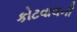
કોટવાલની